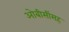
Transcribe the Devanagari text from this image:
ओबीसींसह